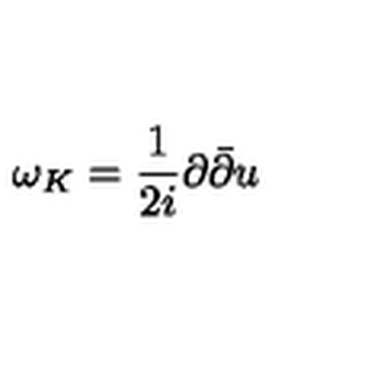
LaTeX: \omega _ { K } = \frac { 1 } { 2 i } \partial { \bar { \partial } } u